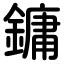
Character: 鏞